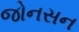
જોનસન